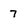
Character: 7